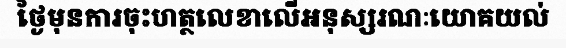
ថ្ងៃមុនការចុះហត្ថលេខាលើអនុស្សរណៈយោគយល់